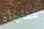
مفاجأة